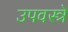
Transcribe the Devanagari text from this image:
उपवस्त्रे